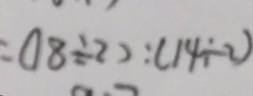
= ( 1 8 \div 2 ) : ( 1 4 \div 2 )